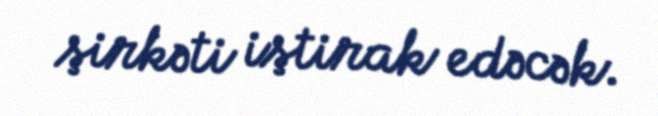
şirkəti iştirak edəcək.